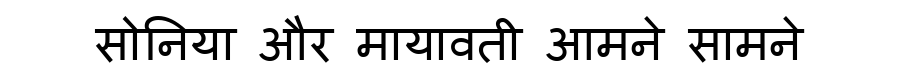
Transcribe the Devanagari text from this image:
सोनिया और मायावती आमने सामने